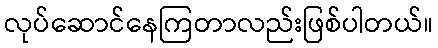
လုပ်ဆောင်နေကြတာလည်းဖြစ်ပါတယ်။